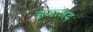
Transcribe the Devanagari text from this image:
इजाजद